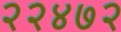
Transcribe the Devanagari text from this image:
२२४७२